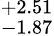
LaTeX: ^{+2.51}_{-1.87}